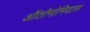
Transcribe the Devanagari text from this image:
ऑतोनोमियास